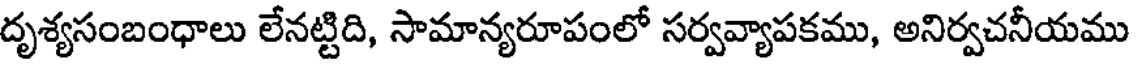
దృశ్యసంబంధాలు లేనట్టిది, సామాన్యరూపంలో సర్వవ్యాపకము, అనిర్వచనీయము